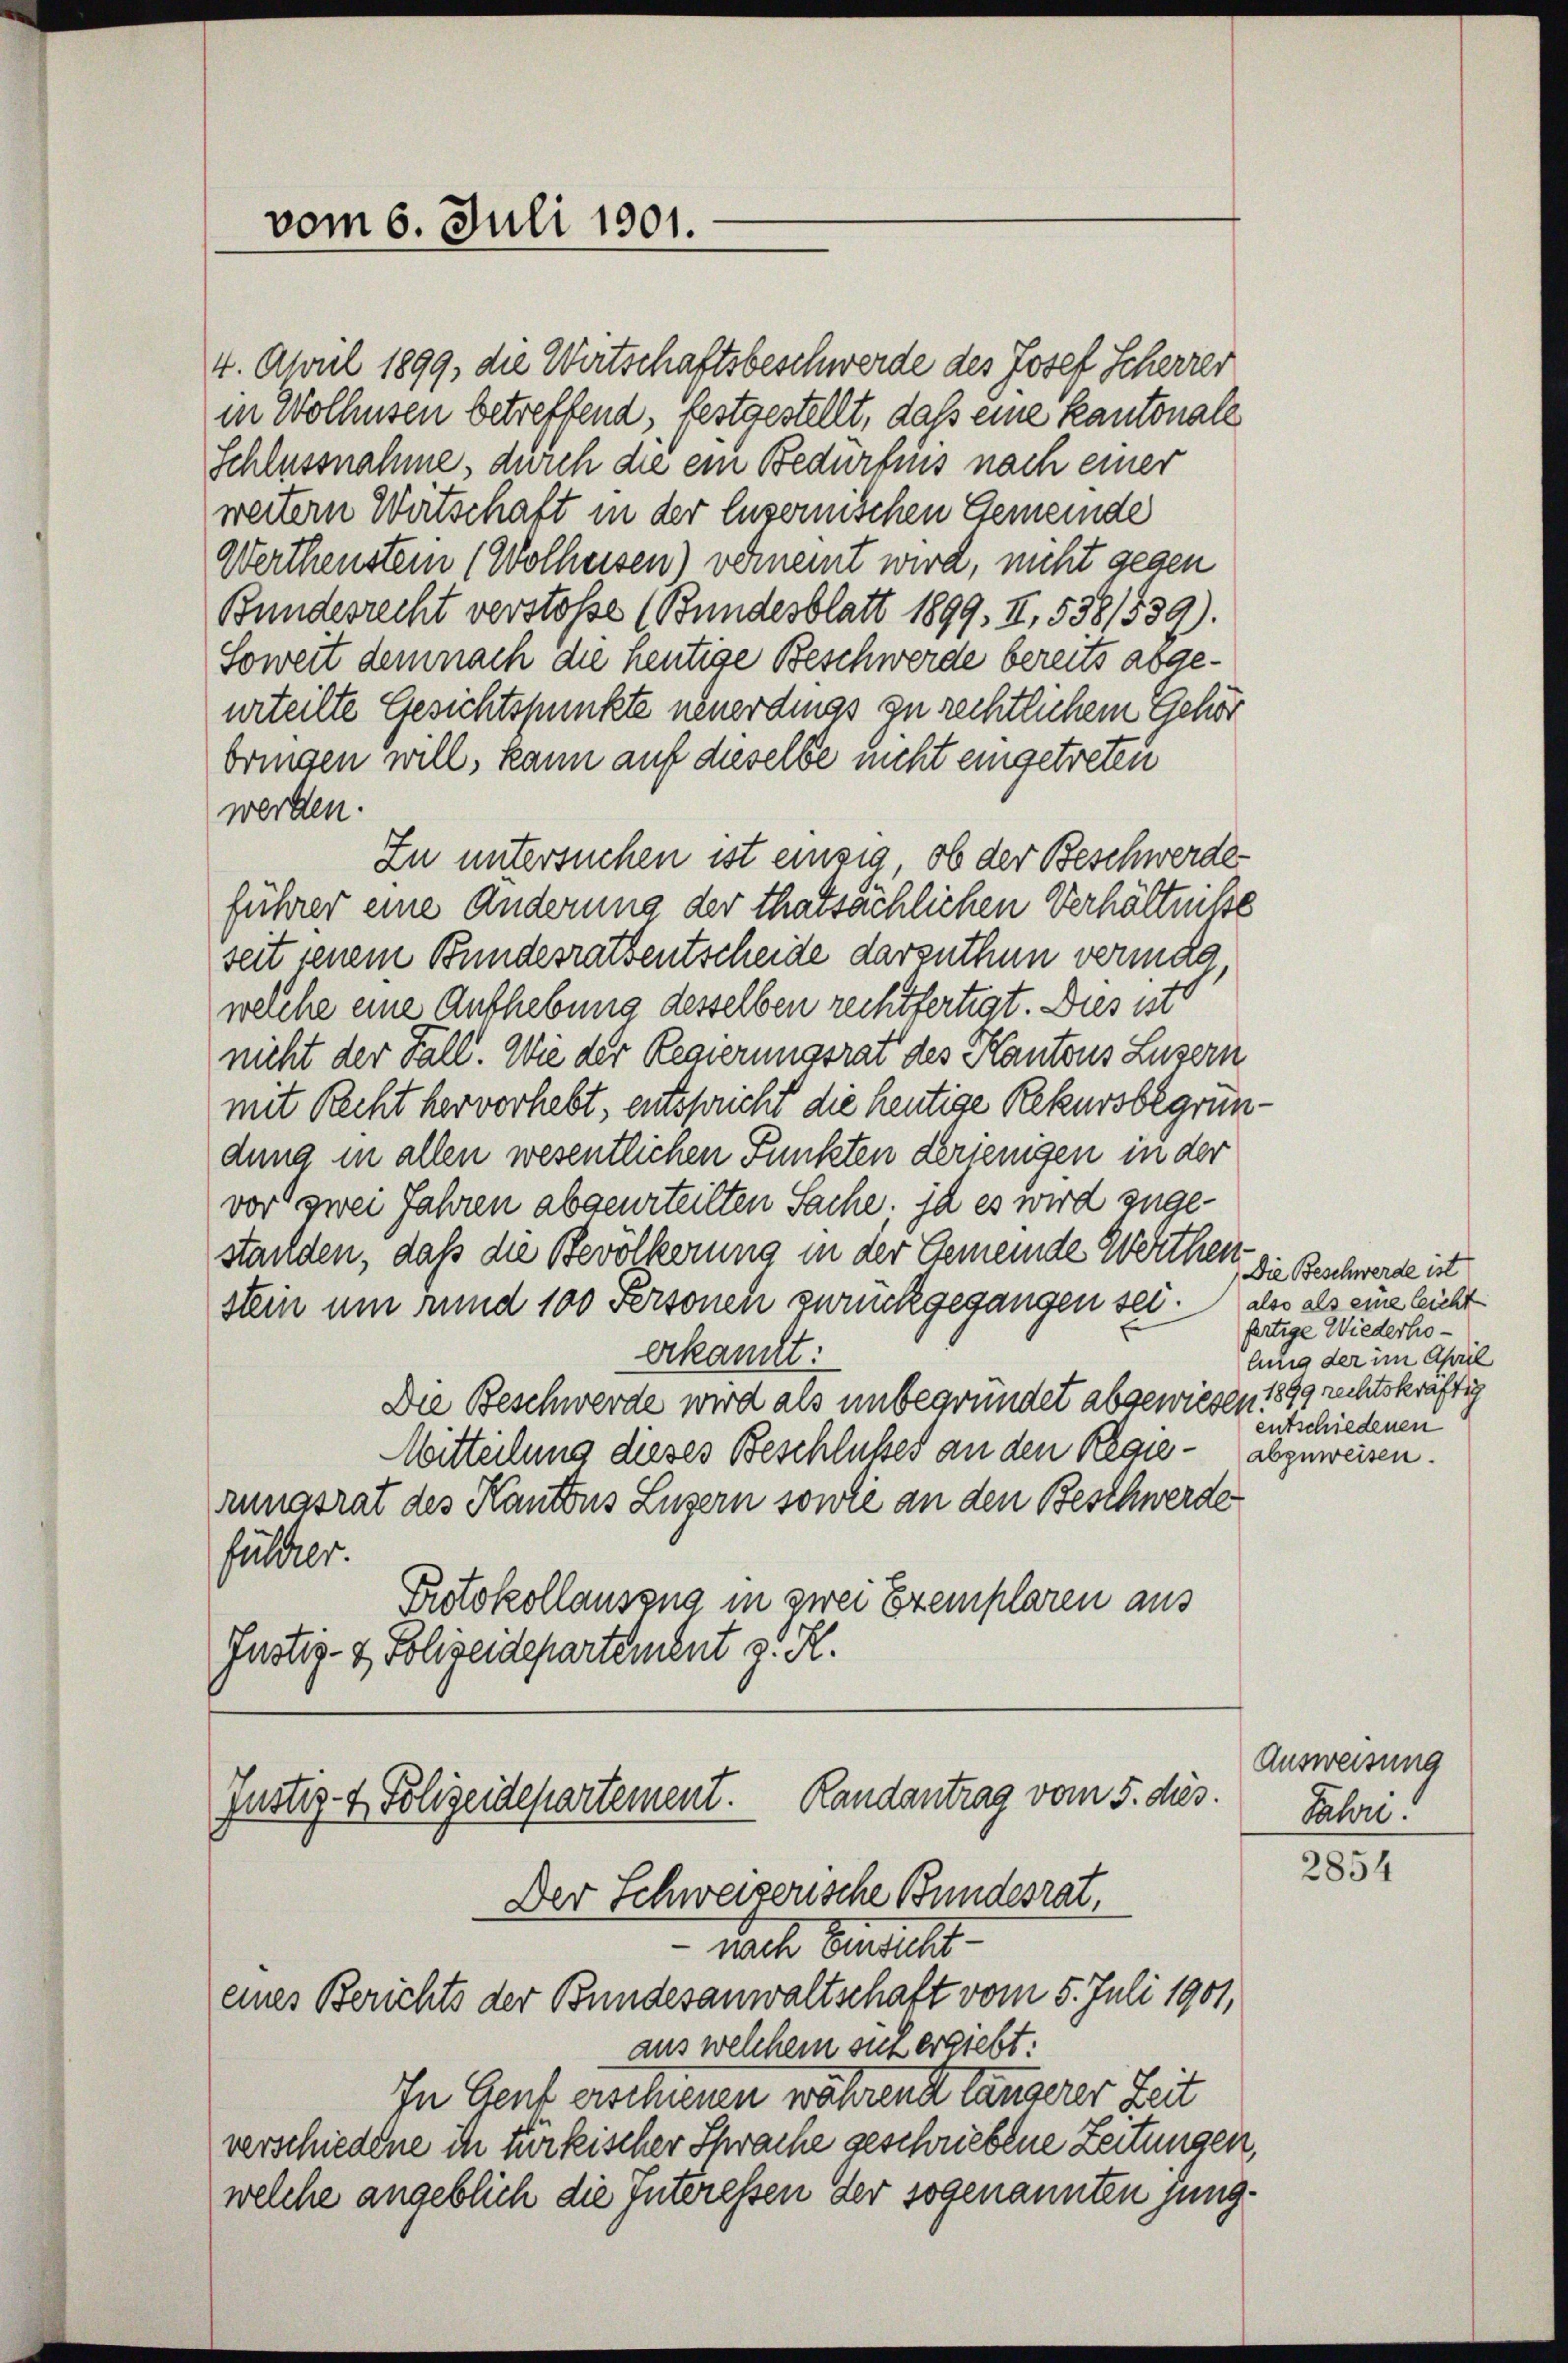
vom 6. Juli 1901.

4. April 1899, die Wirtschaftsbeschwerde des Josef Scherrer
in Wolhusen betreffend, festgestellt, daß eine Kantonale
Schlussnahme, durch die ein Bedürfnis nach einer
weitern Wirtschaft in der luzernischen Gemeinde
Werthenstein (Wolheisen) verneint wird, nicht gegen
Bundesrecht verstoße (Bundesblatt 1899. II., 538/539).
Soweit demnach die heutige Beschwerde bereits abgeurteilte Gesichtspunkte neuerdings zu rechtlichem Gehör
bringen will, kann auf dieselbe nicht eingetreten
werden.
Zu untersuchen ist einzig, ob der Beschwerde
führer eine Änderung der thatsächlichen Verhältniße
seit jenem Bundesrathentscheide darzuthun vermag
welche eine Anthebung desselben rechtfertigt. Dies ist
nicht der Fall. Wie der Regierungsrat des Kantons Luzern
mit Recht hervorhebt, entspricht die heutige Rekursbegründung in allen wesentlichen Punkten derjenigen in der
vor zwei Jahren abgeurteilten Sache; ja es wird zuge-
standen, daß die Bevölkerung in der Gemeinde Werthen
stein um rund 100 Personen zurückgegangen sei. Also als eine leicht
erkannt:
Die Beschwerde wird als unbegründet abgewiesen 1899 rechtskräftig
Mitteilung dieses Beschlußes an den Klaurungsrat des Kantons Luzern sowie an den Beschwerde
füller.
Protokollauszug in zwei Exemplaren aus
Justiz- & Polizeidepartement z. R.

Justiz- & Polizeidepartement. Randantrag vom 5. dies
Der Schweizerische Bundesrat,
Nach Einricht
eines Berichts der Bundesanwaltschaft vom 5. Juli 1901,

Die Beschwerde ist
fertige Wiederholung der im April
entschiedenen
abzuweisen.

aus welchem sich ergiebt:
In Genf erschienen während längerer Zeit
verschiedene ih türkischer Schrache geschriebene Zeitungen,
welche angeblich die Interessen der sogenannten jung¬

Ausweisung
Jahre.
2854